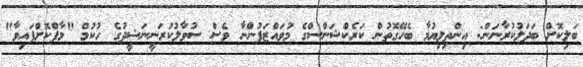
ބަލިކޮށް ބަދަލުކުރާނަން: އިންތިލިޔުމާ ބެހޭގޮތުން ކަރެކްޝަންސްގެ މުވައްޒަފުންނާ ވެސް ސުވާލުކުރަނީނަޝީދުގެ ހުކުމް "މާފްކޮށްފައިވާ"